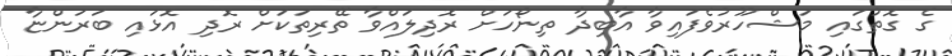
ގެ ގޮތުގައި މަޝްހޫރުވެފައިވާ އާބިދާ ތިނޯހަށް ރޮދިލައްވާ ތޭރިތަކަށް ރޮދި އޮޅައި ބަރަންޏާ